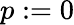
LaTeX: p:=0